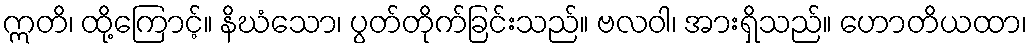
ဣတိ၊ ထို့ကြောင့်။ နိဃံသော၊ ပွတ်တိုက်ခြင်းသည်။ ဗလဝါ၊ အားရှိသည်။ ဟောတိယထာ၊